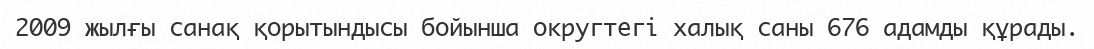
2009 жылғы санақ қорытындысы бойынша округтегі халық саны 676 адамды құрады.